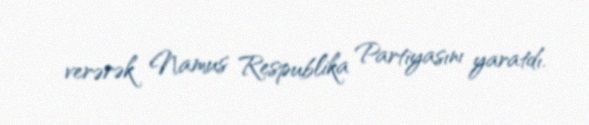
verərək Namus Respublika Partiyasını yaratdı.